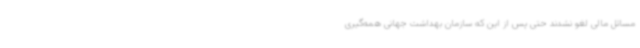
مسائل مالی لغو نشدند حتی پس از این که سازمان بهداشت جهانی همه‌گیری